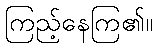
ကြည့်နေကြ၏။